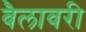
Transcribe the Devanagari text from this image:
बैलावरी